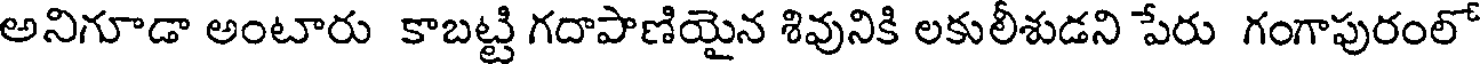
అనిగూడా అంటారు కాబట్టి గదాపాణియైన శివునికి లకులీశుడని పేరు గంగాపురంలో